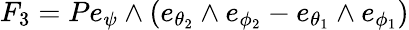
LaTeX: F_{3}=Pe_{\psi}\wedge(e_{\theta_{2}}\wedge e_{\phi_{2}}-e_{\theta_{1}}\wedge e_{\phi_{1}})